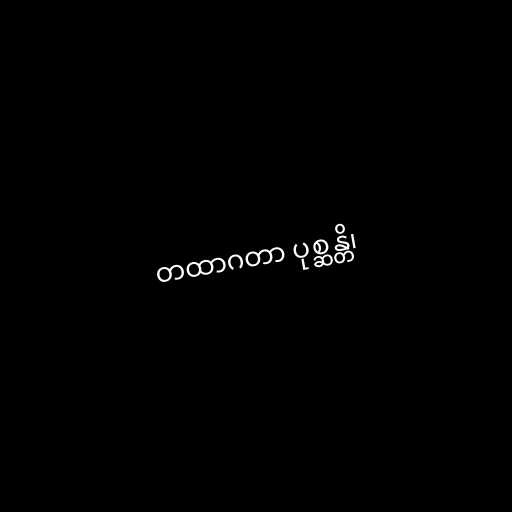
တထာဂတာ ပုစ္ဆန္တိ၊